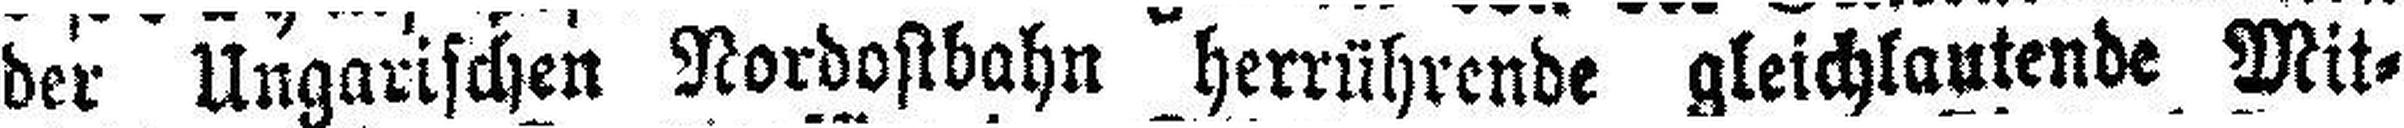
der Ungarischen Nordostbahn herrührende gleichlautende Mit¬